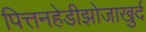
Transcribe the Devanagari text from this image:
पित्तनहेडीझोजाखुर्द